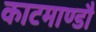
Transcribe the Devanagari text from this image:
काटमाण्डौ